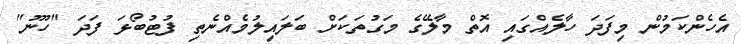
އެހެންކަމުން މިފަދަ ހާލެއްގައި އޮތް މާލޭގެ މަގުތަކަށް ބަލައިލުމެއްނެތި ފުޓުބޯޅަ ފަދަ "ހޫނު"